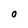
Character: O